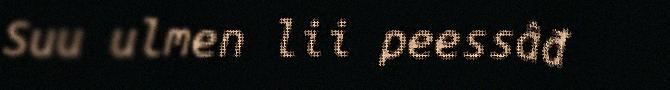
Suu ulmen lii peessâđ